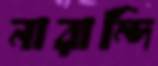
নারান্দি